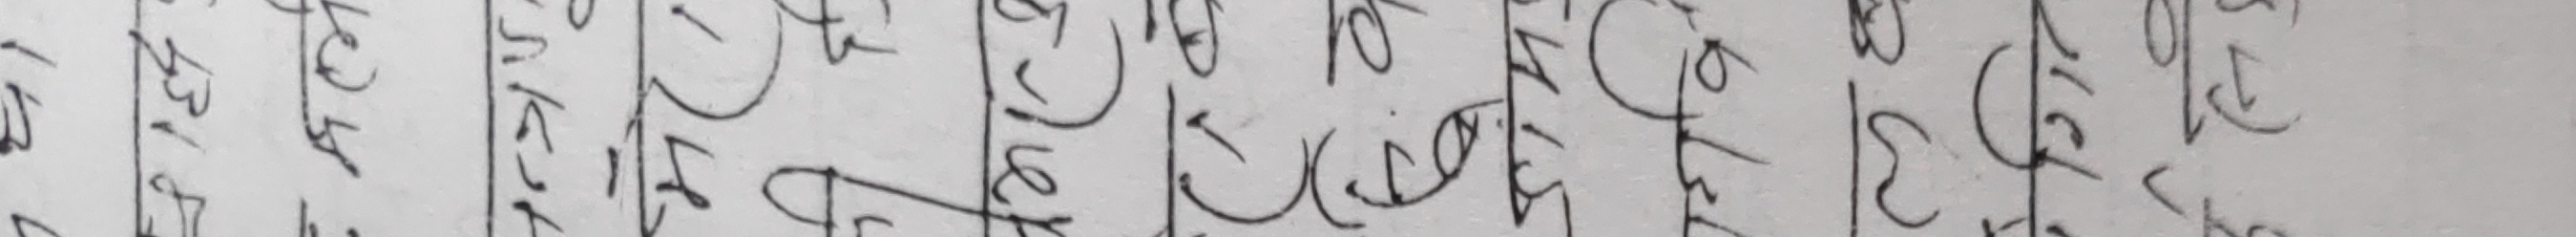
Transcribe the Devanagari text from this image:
गरेको